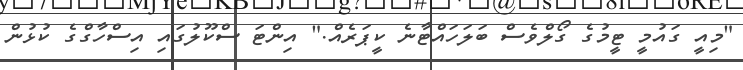
"މިއީ ގައުމީ ޓީމުގެ ގޯލްވެސް ބަލަހައްޓާނެ ކީޕަރެއް." އިންޓަ ސްކޫލުގައި އިސްހާގްގެ ކުޅުން